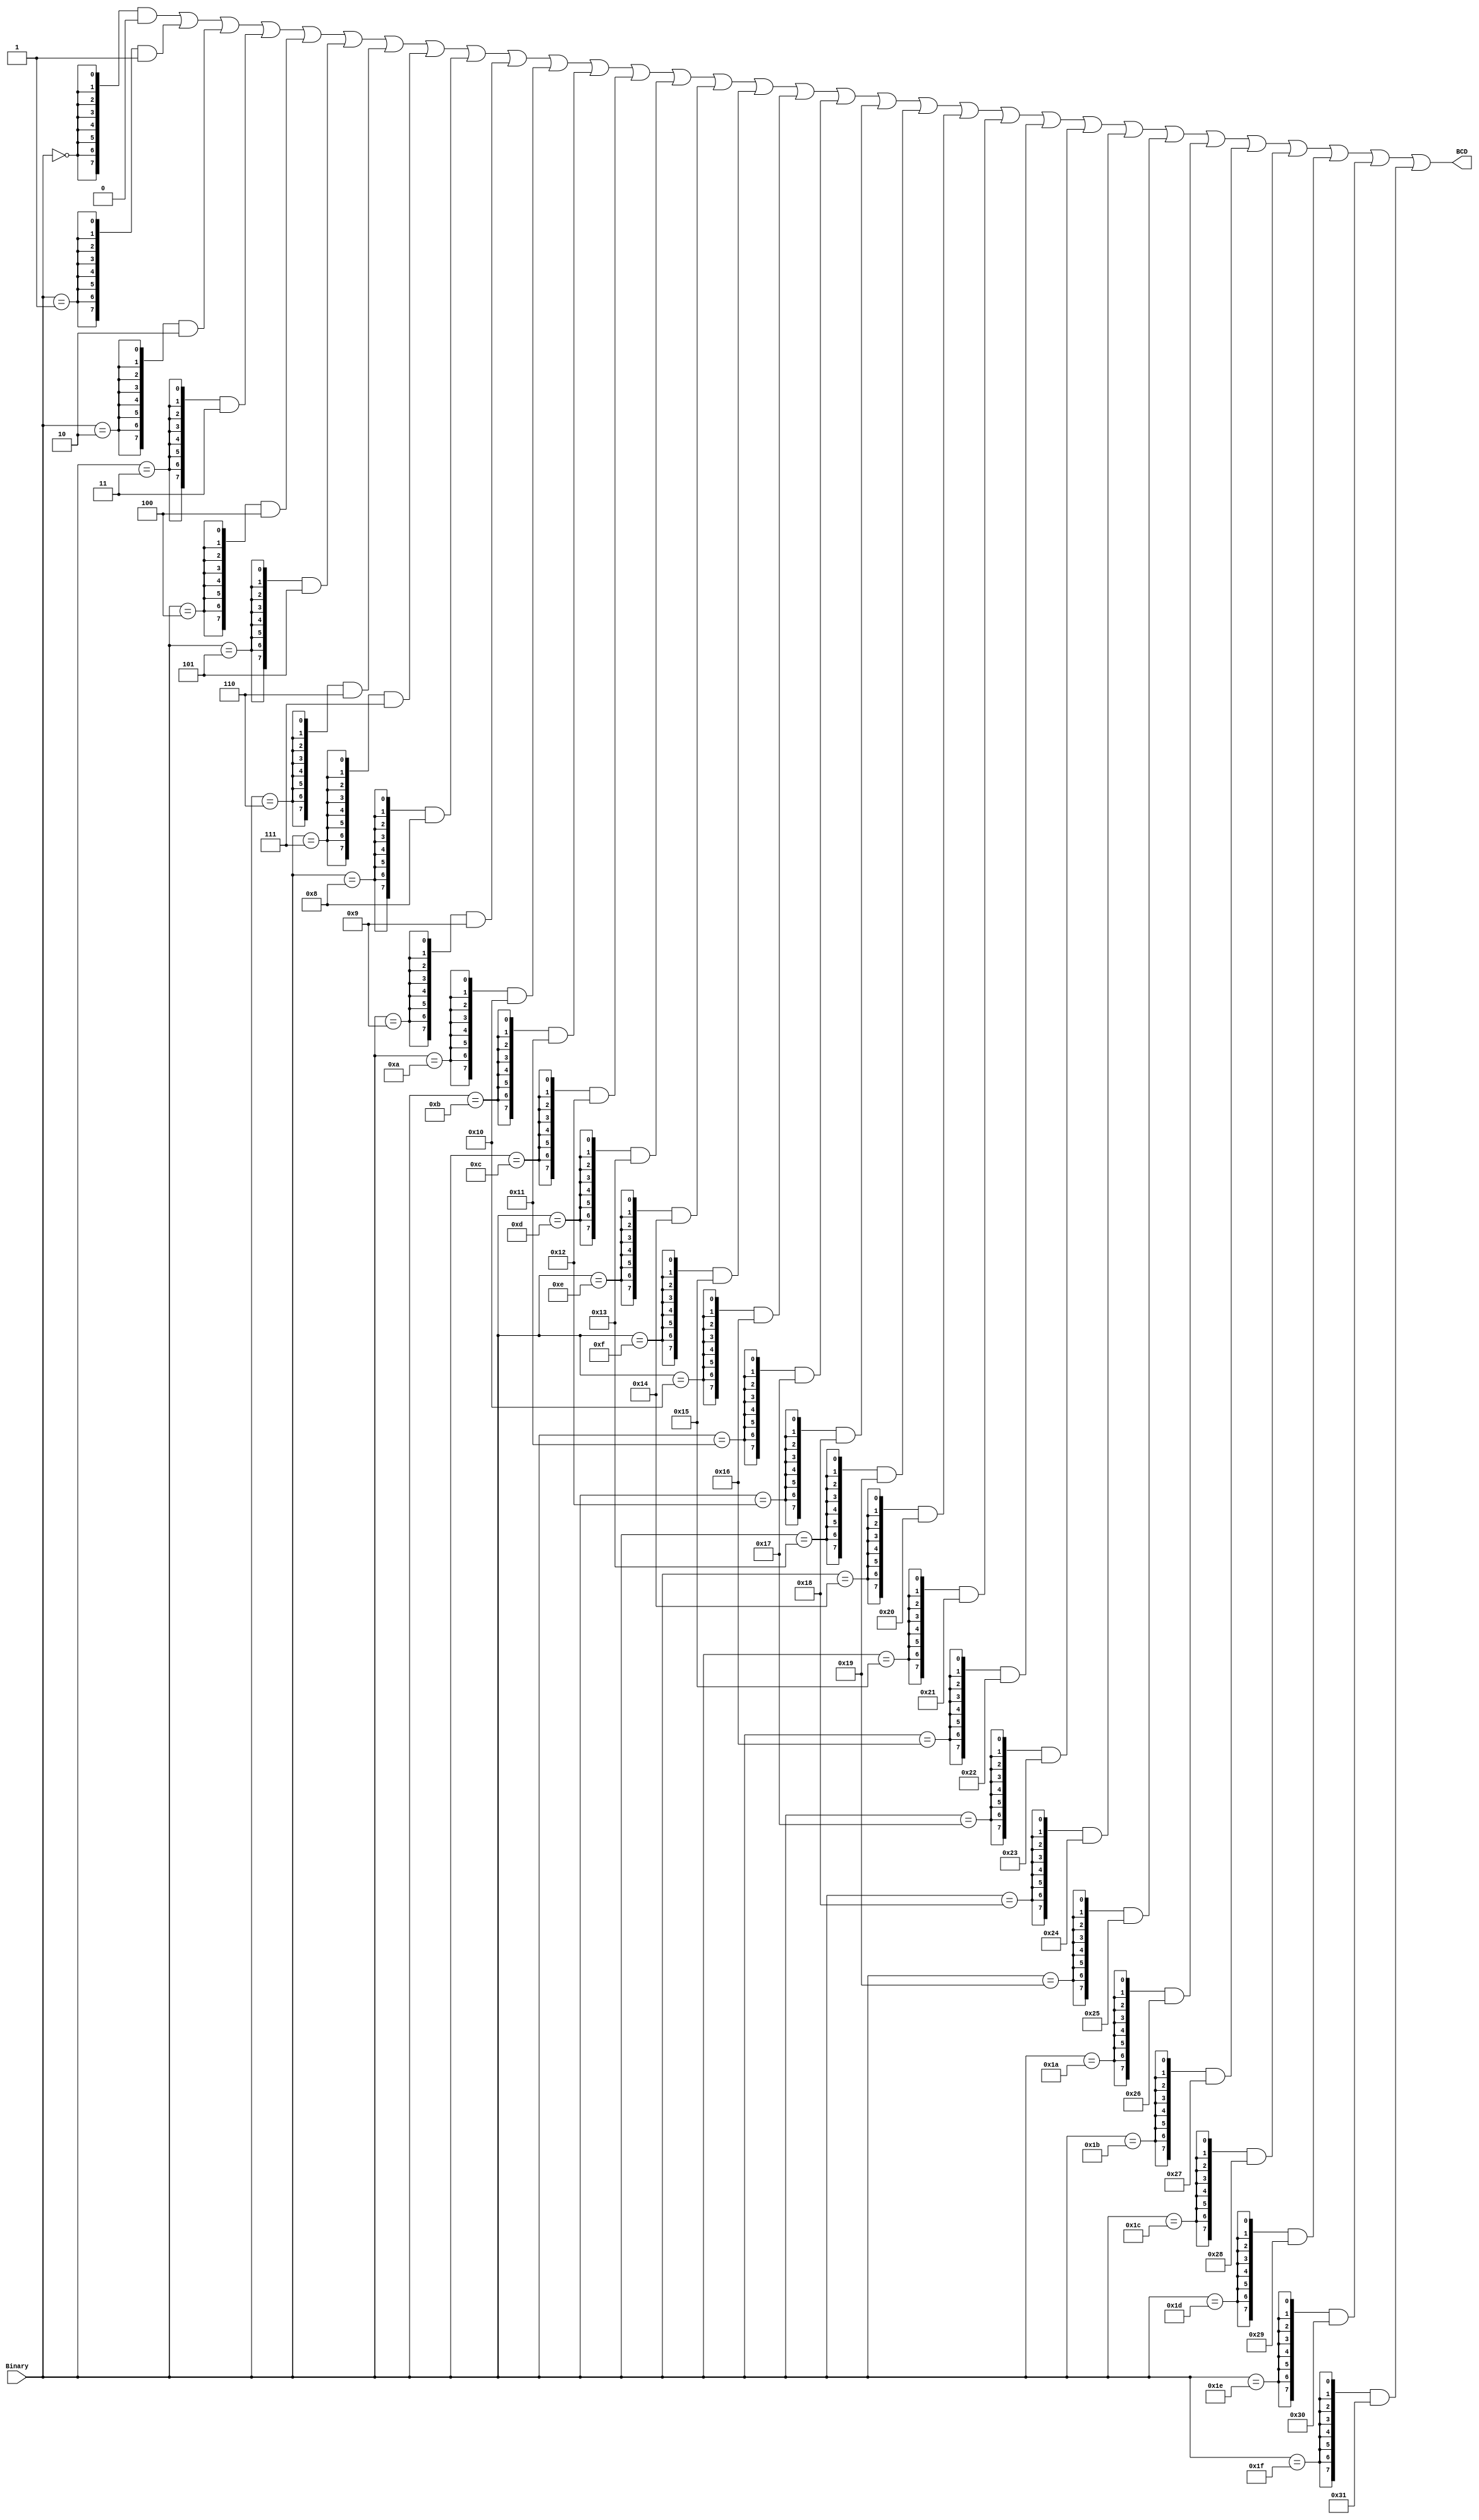
`timescale 1ns / 1ps

module Bin2BCD(
    input [4:0]Binary,
    output [7:0]BCD
);

    //  HEX0-31  ===>   BCD
    
    wire x00 = Binary == 5'b00000;  //  00
    wire x01 = Binary == 5'b00001;  //  01
    wire x02 = Binary == 5'b00010;  //  02
    wire x03 = Binary == 5'b00011;  //  03
    wire x04 = Binary == 5'b00100;  //  04
    wire x05 = Binary == 5'b00101;  //  05
    wire x06 = Binary == 5'b00110;  //  06
    wire x07 = Binary == 5'b00111;  //  07

    wire x08 = Binary == 5'b01000;  //  08
    wire x09 = Binary == 5'b01001;  //  09
    wire x10 = Binary == 5'b01010;  //  10
    wire x11 = Binary == 5'b01011;  //  11
    wire x12 = Binary == 5'b01100;  //  12
    wire x13 = Binary == 5'b01101;  //  13
    wire x14 = Binary == 5'b01110;  //  14
    wire x15 = Binary == 5'b01111;  //  15

    wire x16 = Binary == 5'b10000;  //  16
    wire x17 = Binary == 5'b10001;  //  17
    wire x18 = Binary == 5'b10010;  //  18
    wire x19 = Binary == 5'b10011;  //  19
    wire x20 = Binary == 5'b10100;  //  20
    wire x21 = Binary == 5'b10101;  //  21
    wire x22 = Binary == 5'b10110;  //  22
    wire x23 = Binary == 5'b10111;  //  23

    wire x24 = Binary == 5'b11000;  //  24
    wire x25 = Binary == 5'b11001;  //  25
    wire x26 = Binary == 5'b11010;  //  26
    wire x27 = Binary == 5'b11011;  //  27
    wire x28 = Binary == 5'b11100;  //  28
    wire x29 = Binary == 5'b11101;  //  29
    wire x30 = Binary == 5'b11110;  //  30
    wire x31 = Binary == 5'b11111;  //  31
        
    assign BCD =    { {8{x00}}  &   8'b0000_0000 }   |  //  00
                    { {8{x01}}  &   8'b0000_0001 }   |  //  01
                    { {8{x02}}  &   8'b0000_0010 }   |  //  02
                    { {8{x03}}  &   8'b0000_0011 }   |  //  03
                    { {8{x04}}  &   8'b0000_0100 }   |  //  04
                    { {8{x05}}  &   8'b0000_0101 }   |  //  05
                    { {8{x06}}  &   8'b0000_0110 }   |  //  06
                    { {8{x07}}  &   8'b0000_0111 }   |  //  07

                    { {8{x08}}  &   8'b0000_1000 }   |  //  08
                    { {8{x09}}  &   8'b0000_1001 }   |  //  09
                    { {8{x10}}  &   8'b0001_0000 }   |  //  10
                    { {8{x11}}  &   8'b0001_0001 }   |  //  11
                    { {8{x12}}  &   8'b0001_0010 }   |  //  12
                    { {8{x13}}  &   8'b0001_0011 }   |  //  13
                    { {8{x14}}  &   8'b0001_0100 }   |  //  14
                    { {8{x15}}  &   8'b0001_0101 }   |  //  15

                    { {8{x16}}  &   8'b0001_0110 }   |  //  16
                    { {8{x17}}  &   8'b0001_0111 }   |  //  17
                    { {8{x18}}  &   8'b0001_1000 }   |  //  18
                    { {8{x19}}  &   8'b0001_1001 }   |  //  19
                    { {8{x20}}  &   8'b0010_0000 }   |  //  20
                    { {8{x21}}  &   8'b0010_0001 }   |  //  21
                    { {8{x22}}  &   8'b0010_0010 }   |  //  22
                    { {8{x23}}  &   8'b0010_0011 }   |  //  23

                    { {8{x24}}  &   8'b0010_0100 }   |  //  24
                    { {8{x25}}  &   8'b0010_0101 }   |  //  25
                    { {8{x26}}  &   8'b0010_0110 }   |  //  26
                    { {8{x27}}  &   8'b0010_0111 }   |  //  27
                    { {8{x28}}  &   8'b0010_1000 }   |  //  28
                    { {8{x29}}  &   8'b0010_1001 }   |  //  29
                    { {8{x30}}  &   8'b0011_0000 }   |  //  30
                    { {8{x31}}  &   8'b0011_0001 }   ;  //  31

    
endmodule